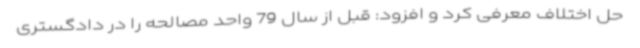
حل اختلاف معرفی کرد و افزود: قبل از سال 79 واحد مصالحه را در دادگستری